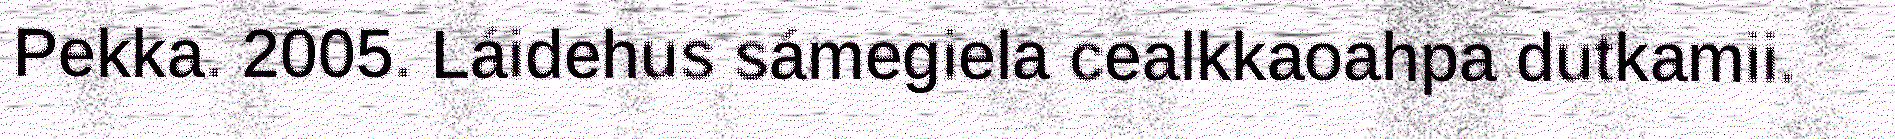
Pekka. 2005. Láidehus sámegiela cealkkaoahpa dutkamii.